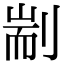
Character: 剬